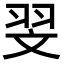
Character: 𦐐